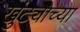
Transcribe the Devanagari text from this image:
खुंट्याच्या